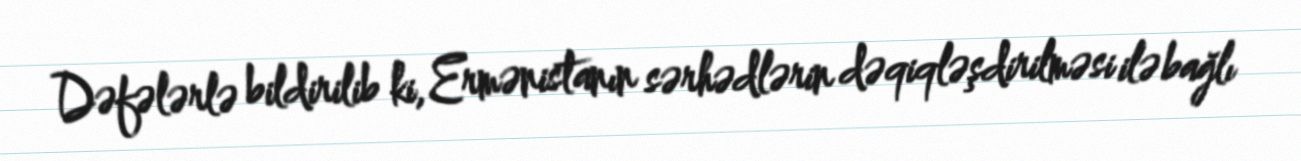
Dəfələrlə bildirilib ki, Ermənistanın sərhədlərin dəqiqləşdirilməsi ilə bağlı